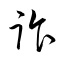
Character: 詐